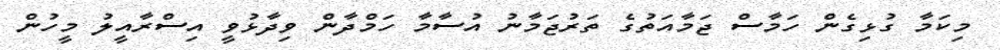
މިކަމާ ގުޅިގެން ހަމާސް ޖަމާއަތުގެ ތަރުޖަމާނު އުސާމާ ހަމްދާން ވިދާޅުވީ އިސްރާއީލު މީހުން